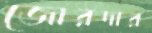
জোরদার